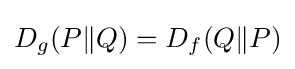
D_{g}(P\|Q)=D_{f}(Q\|P)